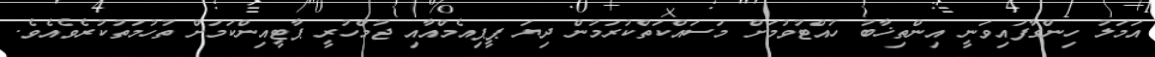
އަމަލު ހިންގާފައިވަނީ އިންތިޚާބު ހުއްޓުވުމަށް މަސައްކަތްކުރަމުން ދިޔަ ޕީޕިއެމްއާއި ޖުމްހުރީ ޕާޓީއިންކަމަށް ތުހުމަތުކުރެވެއެވެ.